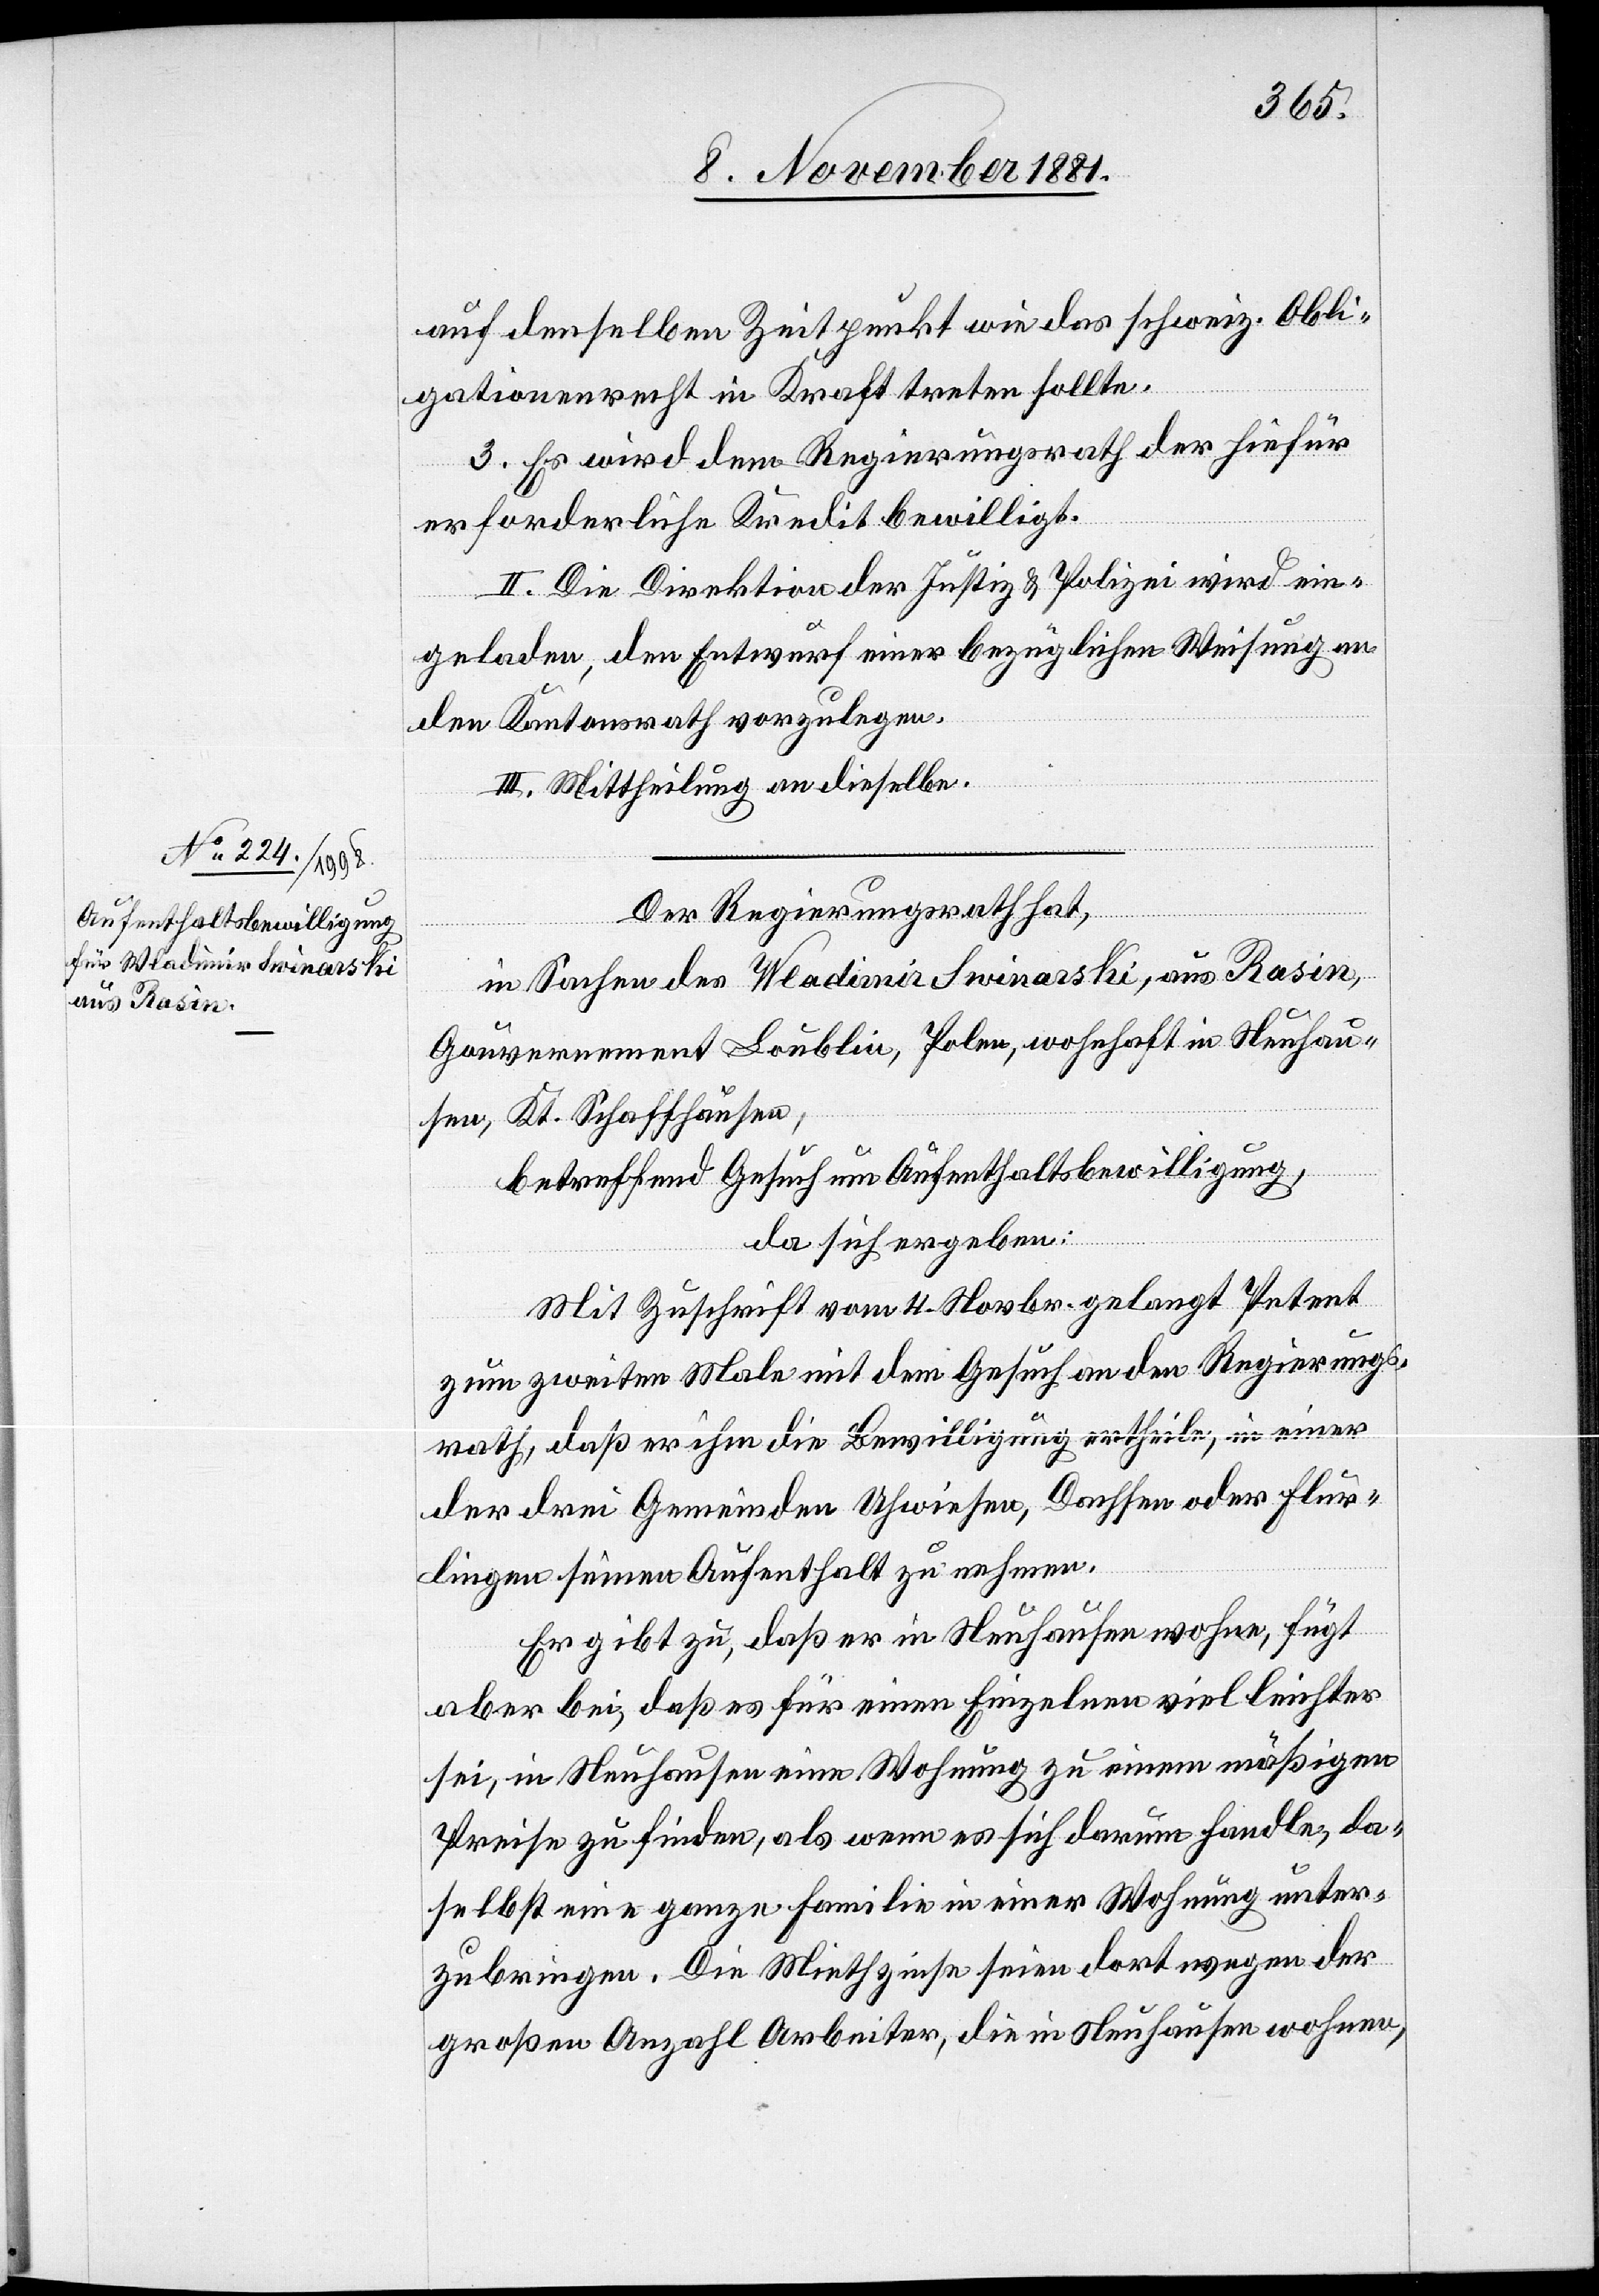
auf denselben Zeitpunkt wie das schweiz. Obli¬
gationenrecht in Kraft treten sollte.
3. Es wird dem Regierungsrath der hiefür
erforderliche Kredit bewilligt.
II. Die Direktion der Justiz & Polizei wird ein¬
geladen, den Entwurf einer bezüglichen Weisung an
den Kantonsrath vorzulegen.
III. Mittheilung an dieselbe.
Der Regierungsrath hat,
in Sachen des Wladimir Swinarski, aus Rasin,
Gouvernement Loublin, Polen, wohnhaft in Neuhau¬
sen, Kt. Schaffhausen,
betreffend Gesuch um Aufenthaltsbewilligung,
da sich ergeben:
Mit Zuschrift vom 4. Novbr. gelangt Petent
zum zweiten Male mit dem Gesuch an den Regierungs¬
rath, daß er ihm die Bewilligung ertheile, in einer
der drei Gemeinden Uhwiesen, Dachsen oder Flur¬
lingen seinen Aufenthalt zu nehmen.
Er gibt zu, daß er in Neuhausen wohne, fügt
aber bei, daß es für einen Einzelnen viel leichter
sei, in Neuhausen eine Wohnung zu einem mäßigen
Preise zu finden, als wenn es sich darum handle, da¬
selbst eine ganze Familie in einer Wohnung unter¬
zubringen. Die Miethzinse seien dort wegen der
großen Anzahl Arbeiter, die in Neuhausen wohnen,